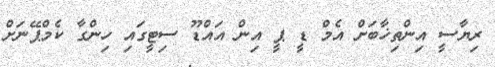
ރިޔާސީ އިންތިޚާބަށް އެމް ޑީ ޕީ އިން އައްޑޫ ސިޓީގައި ހިންގާ ކެމްޕޭނަށް